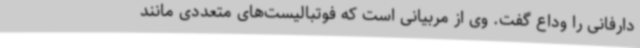
دارفانی را وداع گفت. وی از مربیانی است که فوتبالیست‌های متعددی مانند